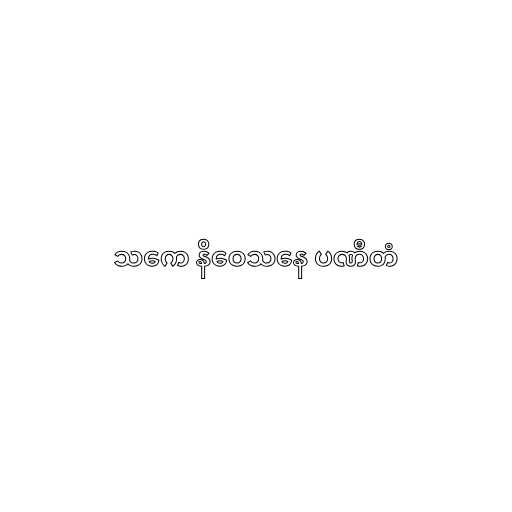
သကေ နိဝေသနေ ပဏီတံ